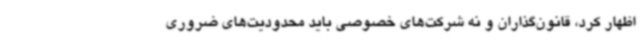
اظهار کرد، قانون‌گذاران و نه شرکت‌های خصوصی باید محدودیت‌های ضروری